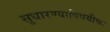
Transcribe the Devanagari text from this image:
सुधारण्याविषयीचा